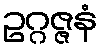
ဥဂ္ဂဇ္ဇနံ